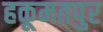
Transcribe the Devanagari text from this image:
हकूमतपुर